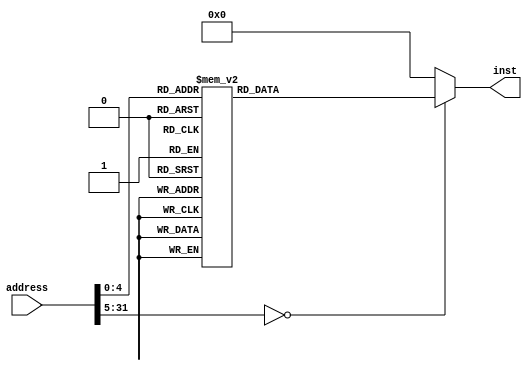
`timescale 1ns / 1ps

//////////////////////////////////////////////////////////////////////////////////
// Company: lirc572
// 
// Create Date: 
// Design Name: NECPU
// Module Name: InstMem
// Project Name: 
// Target Devices: 
// Tool Versions: 
// Description: 
// 
// Dependencies: 
// 
// Revision:
// Revision 0.01 - File Created
// Additional Comments:
// 
//////////////////////////////////////////////////////////////////////////////////
module instMem (
    input  [31:0]  address,
    output reg [31:0] inst
  );
  always @ (address) begin
    inst = 32'd0;
    case (address)
      0: inst = 32'd289439744;
      1: inst = 32'd222298112;
      2: inst = 32'd268435456;
      3: inst = 32'd201326592;
      4: inst = 32'd69206016;
      5: inst = 32'd671088641;
      6: inst = 32'd71303168;
      7: inst = 32'd136970240;
      8: inst = 32'd274727040;
      9: inst = 32'd207618048;
      10: inst = 32'd811794433;
      11: inst = 32'd333447168;
      12: inst = 32'd266338314;
      13: inst = 32'd476053504;
      14: inst = 32'd1541406720;
      15: inst = 32'd139067392;
      16: inst = 32'd274727168;
      17: inst = 32'd207618048;
      18: inst = 32'd811794433;
      19: inst = 32'd333447168;
      20: inst = 32'd266338322;
      21: inst = 32'd476053504;
      22: inst = 32'd1541406720;
      23: inst = 32'd333447168;
      24: inst = 32'd266338311;
      25: inst = 32'd1541406720;
    endcase
  end
endmodule